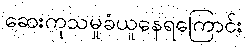
ဆေးကုသမှုခံယူနေရကြောင်း